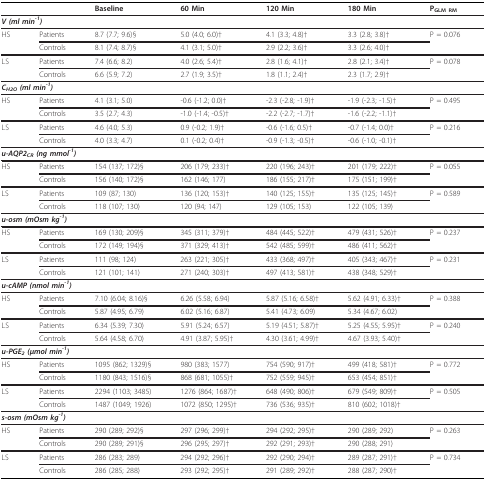
<table><thead><tr><td></td><td></td><td><b>Baseline</b></td><td><b>60 Min</b></td><td><b>120 Min</b></td><td><b>180 Min</b></td><td><b>P<sub>GLM RM</sub></b></td></tr></thead><tbody><tr><td colspan="7"><b><i>V (ml min<sup>-1</sup>)</i></b></td></tr><tr><td>HS</td><td>Patients</td><td>8.7 (7.7; 9.6)§</td><td>5.0 (4.0; 6.0)†</td><td>4.1 (3.3; 4.8)†</td><td>3.3 (2.8; 3.8)†</td><td>P = 0.076</td></tr><tr><td></td><td>Controls</td><td>8.1 (7.4; 8.7)§</td><td>4.1 (3.1; 5.0)†</td><td>2.9 (2.2; 3.6)†</td><td>3.3 (2.6; 4.0)†</td><td></td></tr><tr><td>LS</td><td>Patients</td><td>7.4 (6.6; 8.2)</td><td>4.0 (2.6; 5.4)†</td><td>2.8 (1.6; 4.1)†</td><td>2.8 (2.1; 3.4)†</td><td>P = 0.078</td></tr><tr><td></td><td>Controls</td><td>6.6 (5.9; 7.2)</td><td>2.7 (1.9; 3.5)†</td><td>1.8 (1.1; 2.4)†</td><td>2.3 (1.7; 2.9)†</td><td></td></tr><tr><td colspan="7"><b><i>C<sub>H2O </sub>(ml min<sup>-1</sup>)</i></b></td></tr><tr><td>HS</td><td>Patients</td><td>4.1 (3.1; 5.0)</td><td>-0.6 (-1.2; 0.0)†</td><td>-2.3 (-2.8; -1.9)†</td><td>-1.9 (-2.3; -1.5)†</td><td>P = 0.495</td></tr><tr><td></td><td>Controls</td><td>3.5 (2.7; 4.3)</td><td>-1.0 (-1.4; -0.5)†</td><td>-2.2 (-2.7; -1.7)†</td><td>-1.6 (-2.2; -1.1)†</td><td></td></tr><tr><td>LS</td><td>Patients</td><td>4.6 (4.0; 5.3)</td><td>0.9 (-0.2; 1.9)†</td><td>-0.6 (-1.6; 0.5)†</td><td>-0.7 (-1.4; 0.0)†</td><td>P = 0.216</td></tr><tr><td></td><td>Controls</td><td>4.0 (3.3; 4.7)</td><td>0.1 (-0.2; 0.4)†</td><td>-0.9 (-1.3; -0.5)†</td><td>-0.6 (-1.0; -0.1)†</td><td></td></tr><tr><td colspan="7"><b><i>u-AQP2<sub>CR </sub>(ng mmol<sup>-1</sup>)</i></b></td></tr><tr><td>HS</td><td>Patients</td><td>154 (137; 172)§</td><td>206 (179; 233)†</td><td>220 (196; 243)†</td><td>201 (179; 222)†</td><td>P = 0.055</td></tr><tr><td></td><td>Controls</td><td>156 (140; 172)§</td><td>162 (146; 177)</td><td>186 (155; 217)†</td><td>175 (151; 199)†</td><td></td></tr><tr><td>LS</td><td>Patients</td><td>109 (87; 130)</td><td>136 (120; 153)†</td><td>140 (125; 155)†</td><td>135 (125; 145)†</td><td>P = 0.589</td></tr><tr><td></td><td>Controls</td><td>118 (107; 130)</td><td>120 (94; 147)</td><td>129 (105; 153)</td><td>122 (105; 139)</td><td></td></tr><tr><td colspan="7"><b><i>u-osm (mOsm kg<sup>-1</sup>)</i></b></td></tr><tr><td>HS</td><td>Patients</td><td>169 (130; 209)§</td><td>345 (311; 379)†</td><td>484 (445; 522)†</td><td>479 (431; 526)†</td><td>P = 0.237</td></tr><tr><td></td><td>Controls</td><td>172 (149; 194)§</td><td>371 (329; 413)†</td><td>542 (485; 599)†</td><td>486 (411; 562)†</td><td></td></tr><tr><td>LS</td><td>Patients</td><td>111 (98; 124)</td><td>263 (221; 305)†</td><td>433 (368; 497)†</td><td>405 (343; 467)†</td><td>P = 0.231</td></tr><tr><td></td><td>Controls</td><td>121 (101; 141)</td><td>271 (240; 303)†</td><td>497 (413; 581)†</td><td>438 (348; 529)†</td><td></td></tr><tr><td colspan="7"><b><i>u-cAMP (nmol min<sup>-1</sup>)</i></b></td></tr><tr><td>HS</td><td>Patients</td><td>7.10 (6.04; 8.16)§</td><td>6.26 (5.58; 6.94)</td><td>5.87 (5.16; 6.58)†</td><td>5.62 (4.91; 6.33)†</td><td>P = 0.388</td></tr><tr><td></td><td>Controls</td><td>5.87 (4.95; 6.79)</td><td>6.02 (5.16; 6.87)</td><td>5.41 (4.73; 6.09)</td><td>5.34 (4.67; 6.02)</td><td></td></tr><tr><td>LS</td><td>Patients</td><td>6.34 (5.39; 7.30)</td><td>5.91 (5.24; 6.57)</td><td>5.19 (4.51; 5.87)†</td><td>5.25 (4.55; 5.95)†</td><td>P = 0.240</td></tr><tr><td></td><td>Controls</td><td>5.64 (4.58; 6.70)</td><td>4.91 (3.87; 5.95)†</td><td>4.30 (3.61; 4.99)†</td><td>4.67 (3.93; 5.40)†</td><td></td></tr><tr><td colspan="7"><b><i>u-PGE<sub>2 </sub>(μmol min<sup>-1</sup>)</i></b></td></tr><tr><td>HS</td><td>Patients</td><td>1095 (862; 1329)§</td><td>980 (383; 1577)</td><td>754 (590; 917)†</td><td>499 (418; 581)†</td><td>P = 0.772</td></tr><tr><td></td><td>Controls</td><td>1180 (843; 1516)§</td><td>868 (681; 1055)†</td><td>752 (559; 945)†</td><td>653 (454; 851)†</td><td></td></tr><tr><td>LS</td><td>Patients</td><td>2294 (1103; 3485)</td><td>1276 (864; 1687)†</td><td>648 (490; 806)†</td><td>679 (549; 809)†</td><td>P = 0.505</td></tr><tr><td></td><td>Controls</td><td>1487 (1049; 1926)</td><td>1072 (850; 1295)†</td><td>736 (536; 935)†</td><td>810 (602; 1018)†</td><td></td></tr><tr><td colspan="7"><b><i>s-osm (mOsm kg<sup>-1</sup>)</i></b></td></tr><tr><td>HS</td><td>Patients</td><td>290 (289; 292)§</td><td>297 (296; 299)†</td><td>294 (292; 295)†</td><td>290 (289; 292)</td><td>P = 0.263</td></tr><tr><td></td><td>Controls</td><td>290 (289; 291)§</td><td>296 (295; 297)†</td><td>292 (291; 293)†</td><td>290 (288; 291)</td><td></td></tr><tr><td>LS</td><td>Patients</td><td>286 (283; 289)</td><td>294 (292; 296)†</td><td>292 (290; 294)†</td><td>289 (287; 291)†</td><td>P = 0.734</td></tr><tr><td></td><td>Controls</td><td>286 (285; 288)</td><td>293 (292; 295)†</td><td>291 (289; 292)†</td><td>288 (287; 290)†</td><td></td></tr></tbody></table>